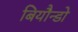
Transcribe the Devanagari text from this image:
बियौन्डो